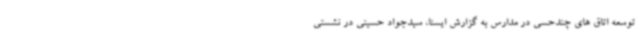
توسعه اتاق های چندحسی در مدارس به گزارش ایسنا، سیدجواد حسینی در نشستی